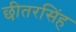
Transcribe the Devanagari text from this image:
छीतरसिंह